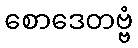
စောဒေတဗ္ဗံ